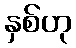
နှစ်ဟု